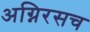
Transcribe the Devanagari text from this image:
अग्निरसच